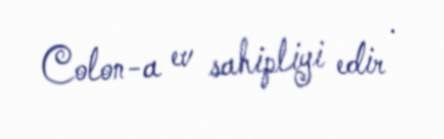
Colon-a ev sahipliyi edir .